Report of the Hyderabad Chloroform Commission
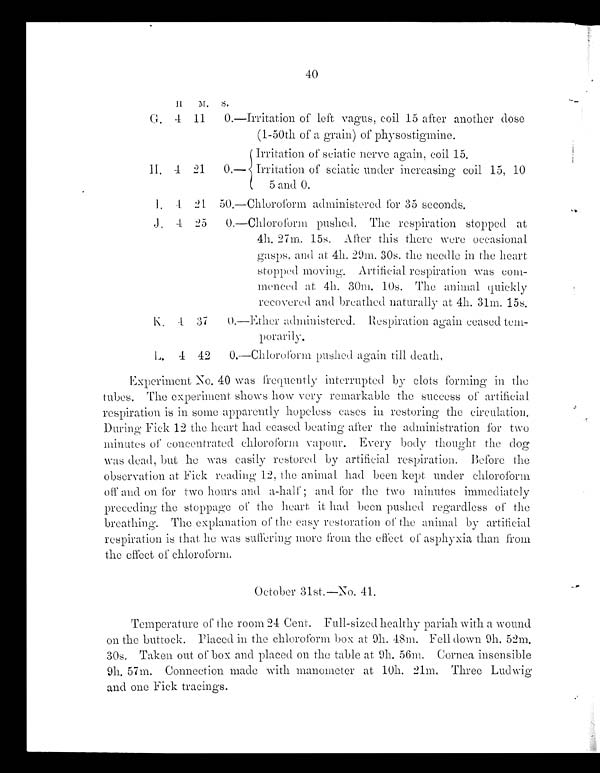
40
11 M.
S .
G. 4 11
0. —Irritation of left vagus, coil 15 after another dose
(1-50th of a grain) of physostigmine.
H . 4 21
0.
—Irritation of sciatic nerve again, coil 15.
Irritation of sciatic under increasing coil 15, 10
5 and 0.
I . 4 21 50.—Chloroform a d m i n i s t e r e d f o r 3 5 s e c o n d s .
J. 4 25
0. —Chloroform pushed The respiration stopped at
4h. 27m. 15s. After this there were occasional
gasps and at 4h. 29m. 30s. the needle in the heart
stopped moving. Artificial respiration was com-
menced at 4h. 30m. 10s. The animal quickly
recovered and breathed naturally at 4h. 31m. 15s.
K.
4 37
0.—Ether administered. Respiration again ceased tem-
porarily.
L. 4 42
0. —Chloroform p u s h e d a g a i n t i l l d e a t h .
Experiment No. 40 was frequently interrupted by clots forming in the
tubes. The experiment shows how very remarkable the success of artificial
respiration is in some apparently hopeless cases in restoring the circulation.
During Fick 12 the heart had ceased beating after the administration for two
minutes of concentrated chloroform vapour. Every body thought the dog
was dead, but he was easily restored by artificial respiration. Before the
observation at Fick reading 12, the animal had been kept under chloroform
off and on for two hours and a-half; and for the two minutes immediately
preceding the stoppage of the heart it had been pushed regardless of the
breathing. The explanation of the easy restoration of the animal by artificial
respiration is that he was suffering more from the effect of asphyxia than from
the effect of chloroform.
October 31st.—No. 41.
Temperature of the room 24 Cent. Full-sized healthy pariah with a wound
on the buttock. Placed in the chloroform box at 9h. 48m. Fell down 9h. 52m.
30s. Taken out of box and placed on the table at 9h. 56m. Cornea insensible
9h. 57m. Connection made with manometer at 10h. 21m. Three Ludwig
and one Fick tracings.